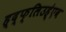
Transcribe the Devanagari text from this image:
ह्द्फ्लिउह्॑एब